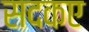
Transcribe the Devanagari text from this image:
सदकए